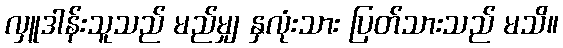
လှူဒါန်းသူသည် မည်မျှ နှလုံးသား ပြတ်သားသည် မသိ။